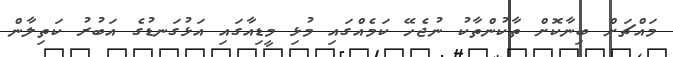
މައްޗަށް ބިނާކޮށް ތާކުންތާކު ނުޖެހޭ ކަމެއްގައި މުޅި މީޑިއާގައި އަޅުގަނޑުގެ އަބުރު ކަތިލާން